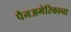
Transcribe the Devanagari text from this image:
पैनअमेरिकाना